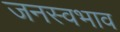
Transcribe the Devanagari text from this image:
जनस्वभाव